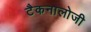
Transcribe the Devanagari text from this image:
टैकनालोजी